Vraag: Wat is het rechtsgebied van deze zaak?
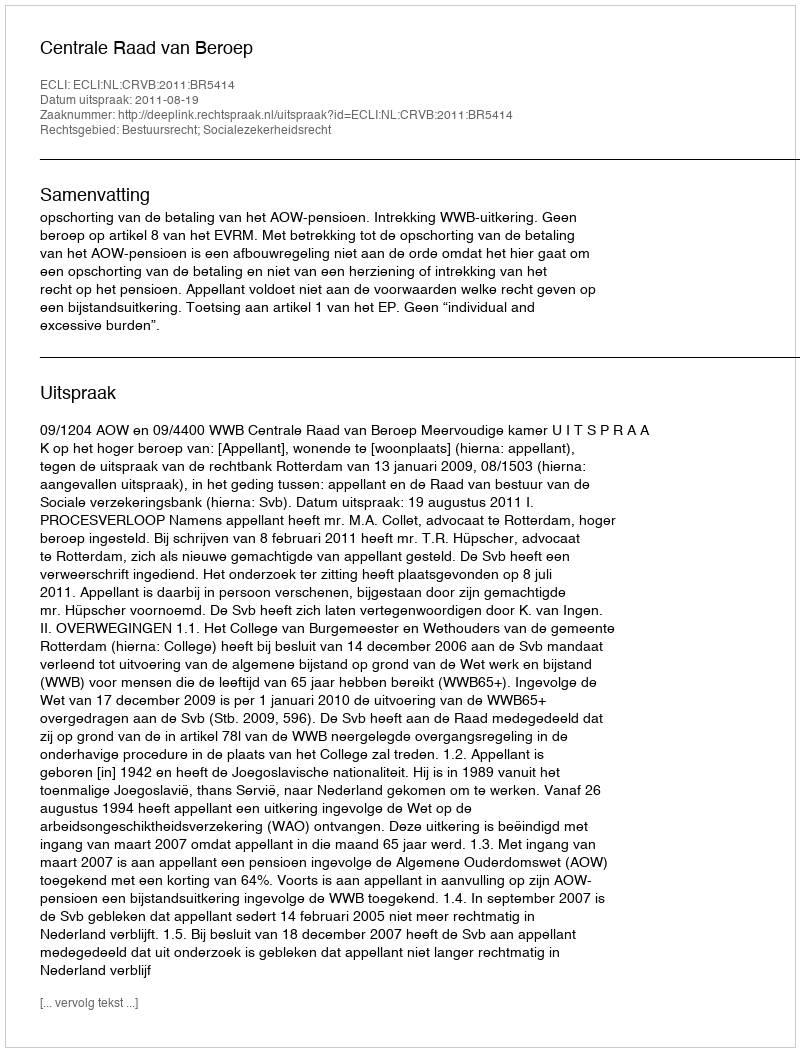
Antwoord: Bestuursrecht; Socialezekerheidsrecht